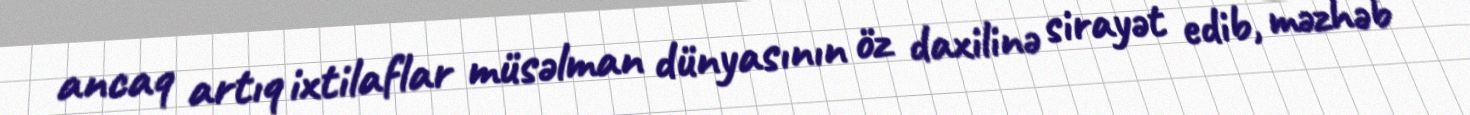
ancaq artıq ixtilaflar müsəlman dünyasının öz daxilinə sirayət edib, məzhəb